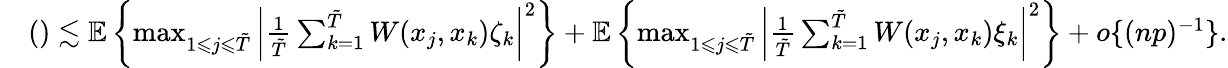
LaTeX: \begin{array}{rl}&{()\lesssim\mathbb{E}\left\{ \operatorname*{max}_{1\leqslant j\leqslant\tilde{T}}\left|\frac{1}{\tilde{T}}\sum_{k=1}^{\tilde{T}}W(x_{j},x_{k})\zeta_{k}\right|^{2}\right\} +\mathbb{E}\left\{ \operatorname*{max}_{1\leqslant j\leqslant\tilde{T}}\left|\frac{1}{\tilde{T}}\sum_{k=1}^{\tilde{T}}W(x_{j},x_{k})\xi_{k}\right|^{2}\right\} +o\{ (np)^{-1}\} .}\end{array}